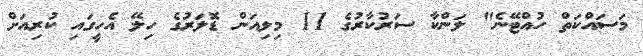
މަސައްކަތް ހުއްޓޭނެ" ލަންކާ ސަރުކާރުގެ 11 މިލިއަން ޑޮލަރުގެ ހިލޭ އެހީގައި ކުރިއަށް